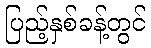
ပြည့်နှစ်ခန့်တွင်